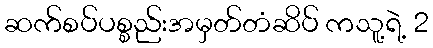
ဆက်စပ်ပစ္စည်းအမှတ်တံဆိပ် ကသူ့ရဲ့ 2